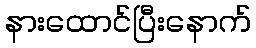
နားထောင်ပြီးနောက်